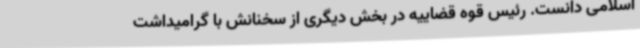
اسلامی دانست. رئیس قوه قضاییه در بخش دیگری از سخنانش با گرامیداشت